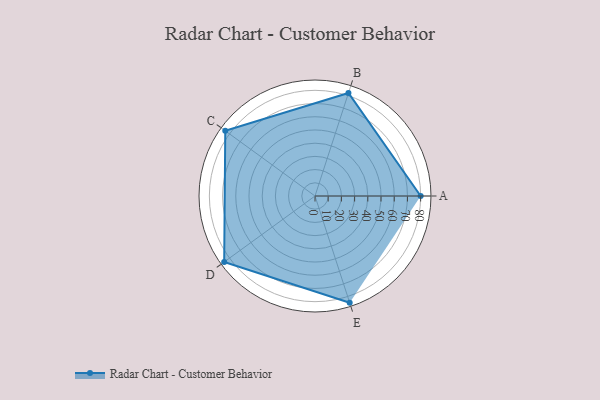
{"axis": {"x": "Skill", "y": "Score"}, "legend": ["Profile"], "data": [{"x": "A", "y": 80.0, "type": "Profile"}, {"x": "B", "y": 82.0, "type": "Profile"}, {"x": "C", "y": 84.0, "type": "Profile"}, {"x": "D", "y": 85.0, "type": "Profile"}, {"x": "E", "y": 85.0, "type": "Profile"}]}